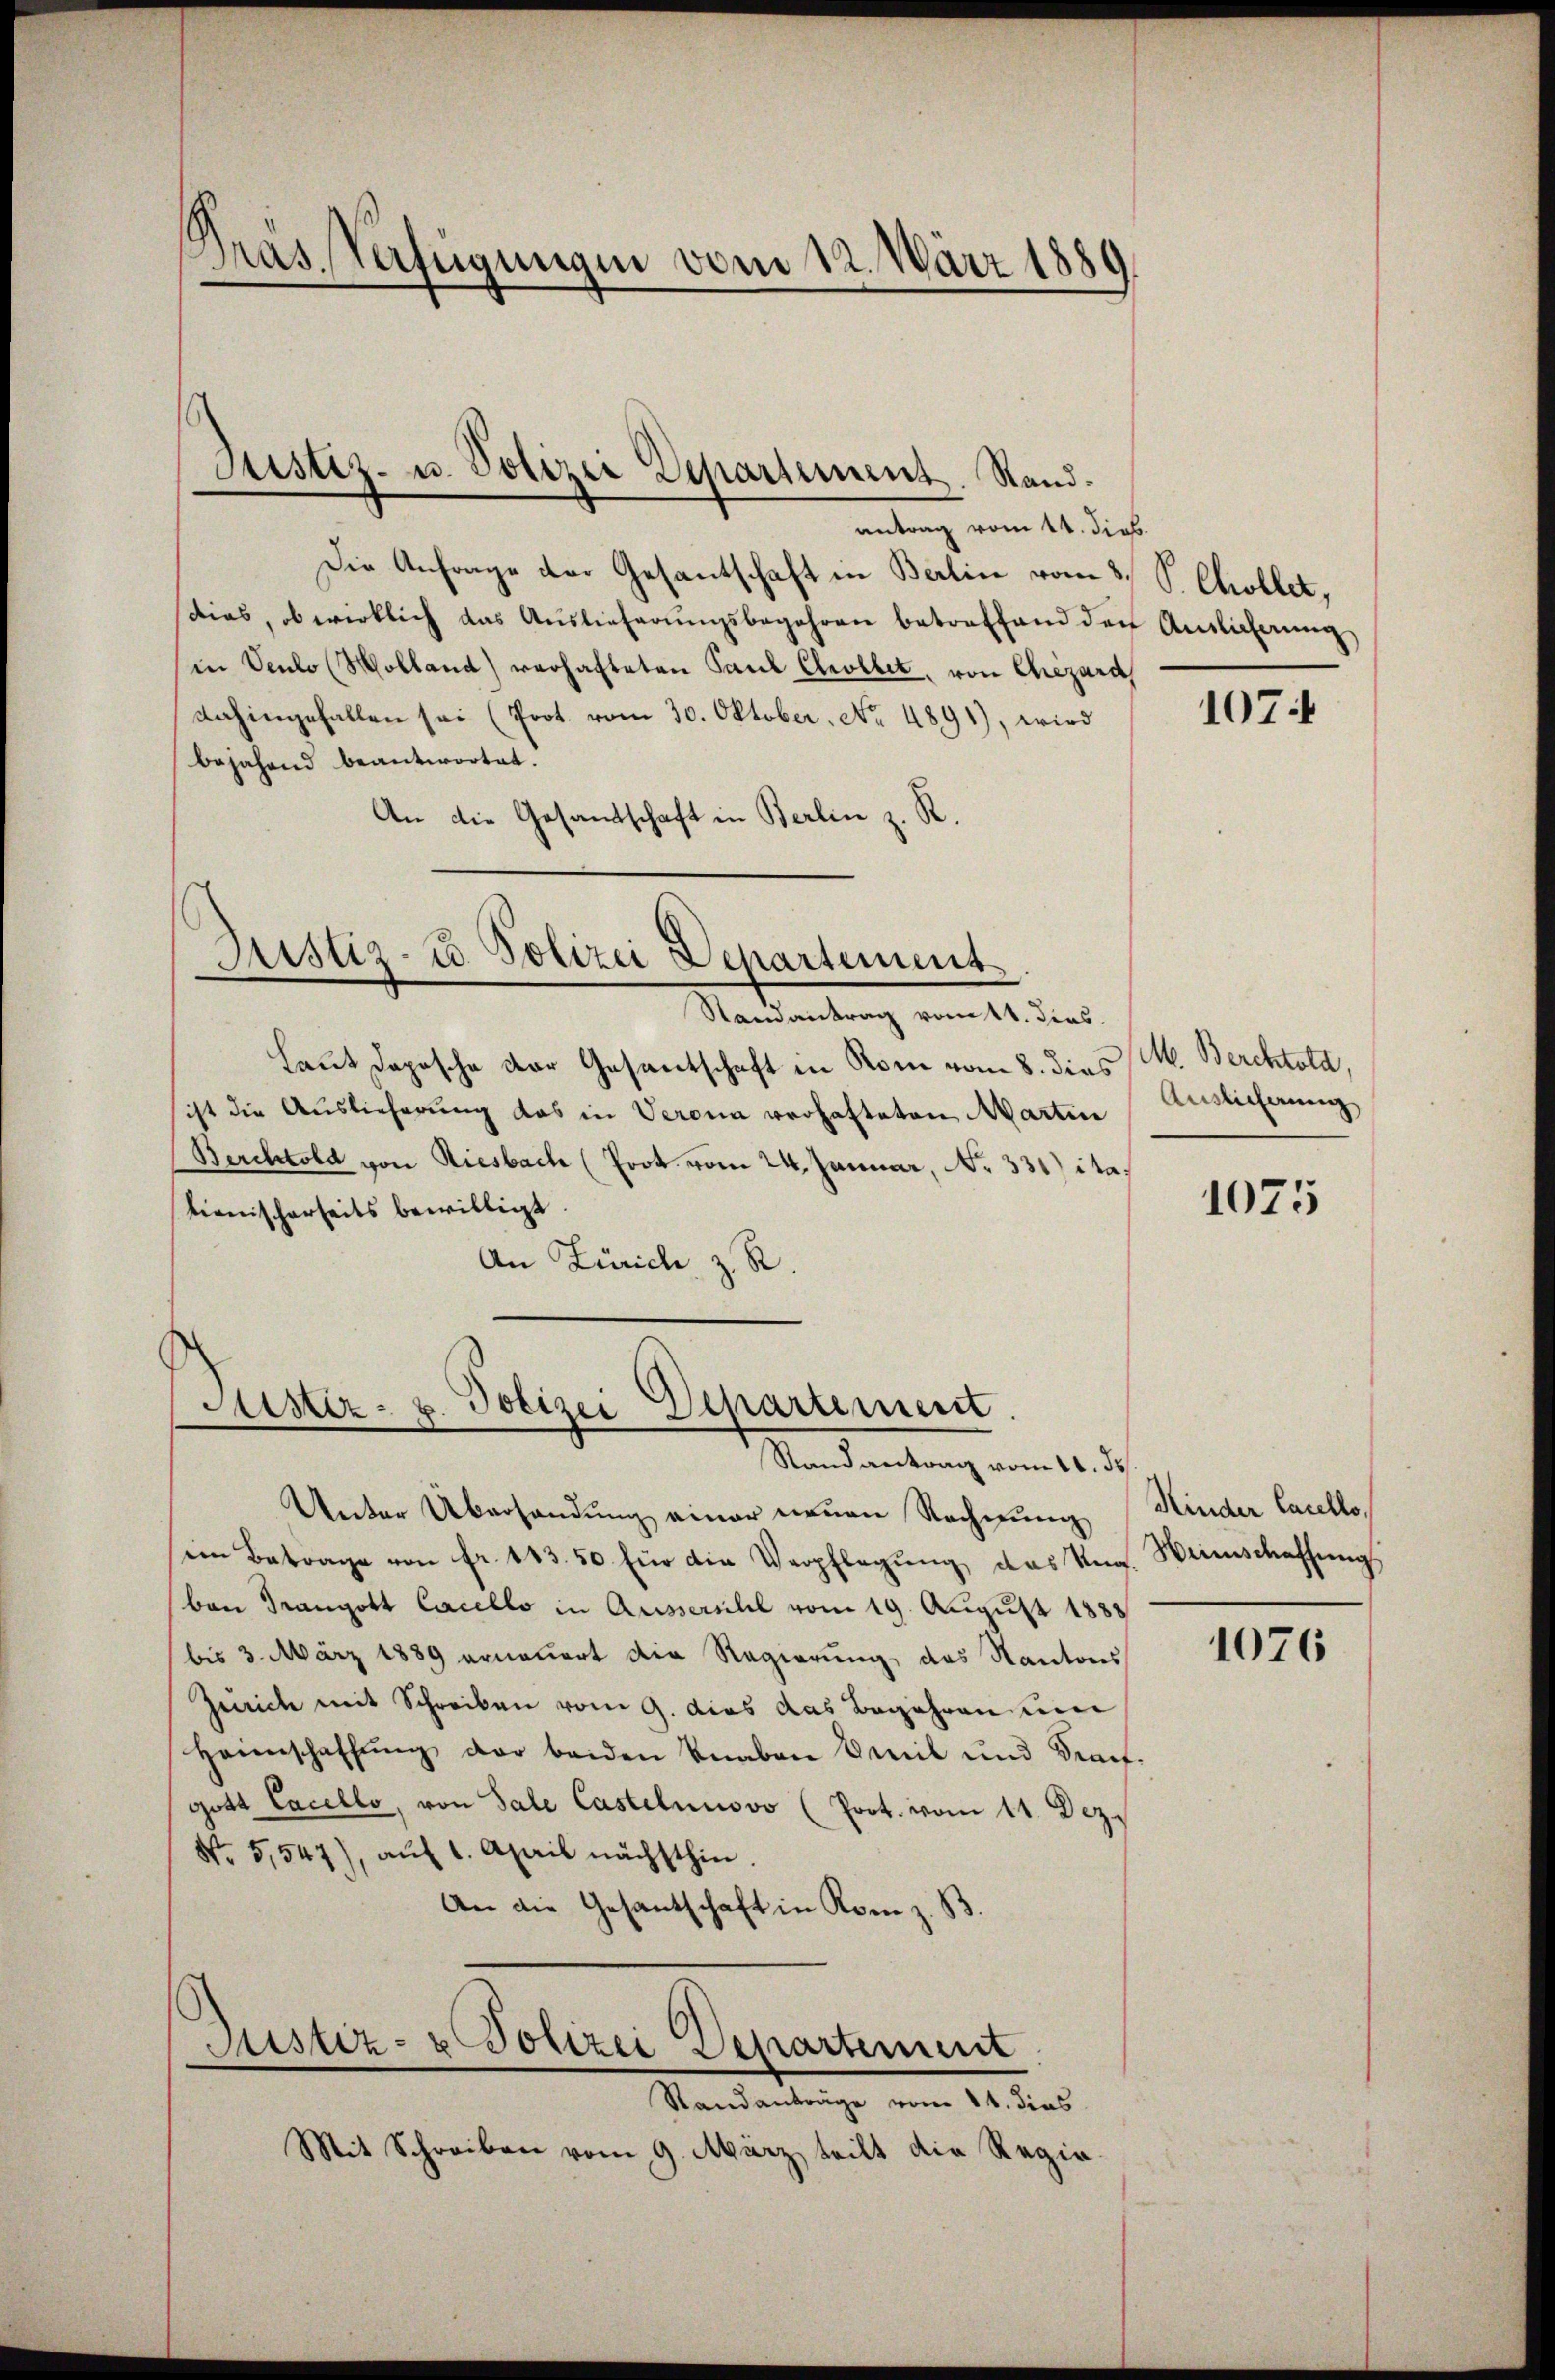
Pras. Verfügungen vom 12. März 1889

Justiz- u. Polizei Departement. Stand¬

antrag vom 14. dieb.
Die Anfrage der Gesantschaft in Berlin vom 3. S. Chollet,
sdias, ob wirklich das Auslieferŭngsbegehren betreffend den Amtlicherung
in Velo (Wolland) verhafteten Paul Chrollet, von Chizard,
dahingefallen sei (Prot. vom 30. Oktober. No. 4891), wird
bejahend beantwortet.
An die Gesandtschaft in Berlin z. R.

Justiz- u. Polizei Departement
Randantrag vom 14. dies

Puster- u. Polizei Departement.

Laut dopische der Gesantschaft in Rone vom 8. dies M. Berchtold,
ist die Auslieferung das in Verona verhafteten Marten Auslieferung
Berchtold von Riesbach (Prok. vom 24. Januar, No 331) itationischerseits bewilligt
An Zürich z. R.

Randantrag vom 11. ds.
Unter Übersandung einer neuen Rechnung Kinder Carelloein Betrage von fr. 183. 50 für die Verpflegŭng das Ung. Weinschaffŭngs
ban Trangott Cacello in Aussersihl vom 19. August 1888
bis 3. März 1889 erneuert die Regierung, das Kantons
Zürich mit Schreiben vom 9. dies das Begehren um
Heimschaffung der beiden Knaben Emil und Krafgott Cacello, von Sale Castelnuovo (Prot. vom 11. Dez.
No. 5,547), aŭf 1. April nächsthin.
An die Gesantschaft in Kom z. B.
Justiz- & Polizei Departement
Standanträge vom 11. dies
Mit Schreiben vom 9. März teilt die Regie-

107

1075

1076